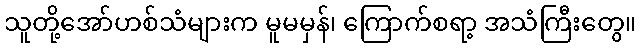
သူတို့အော်ဟစ်သံများက မူမမှန်၊ ကြောက်စရာ့ အသံကြီးတွေ။